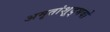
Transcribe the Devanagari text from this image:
अमृतांशूद्भवो